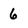
Character: 6